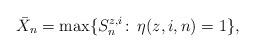
LaTeX: \begin{align*} \bar{X}_n = \max\{S^{z,i}_n \colon\, \eta(z,i,n) = 1\},\end{align*}